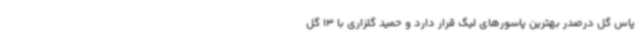
پاس گل درصدر بهترین پاسورهای لیگ قرار دارد و حمید گلزاری با 13 گل